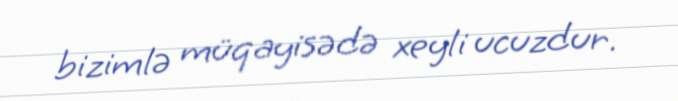
bizimlə müqayisədə xeyli ucuzdur.